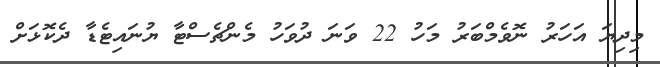
މިދިޔަ އަހަރު ނޮވެމްބަރު މަހު 22 ވަނަ ދުވަހު މެންޗެސްޓާ ޔުނައިޓެޑާ ދެކޮޅަށް